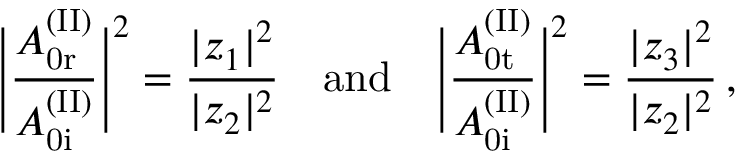
\Bigg | \frac { A _ { \mathrm { 0 r } } ^ { \mathrm { ( I I ) } } } { A _ { \mathrm { 0 i } } ^ { \mathrm { ( I I ) } } } \Bigg | ^ { 2 } = \frac { | z _ { 1 } | ^ { 2 } } { | z _ { 2 } | ^ { 2 } } \quad \mathrm { a n d } \quad \Bigg | \frac { A _ { \mathrm { 0 t } } ^ { \mathrm { ( I I ) } } } { A _ { \mathrm { 0 i } } ^ { \mathrm { ( I I ) } } } \Bigg | ^ { 2 } = \frac { | z _ { 3 } | ^ { 2 } } { | z _ { 2 } | ^ { 2 } } \, ,